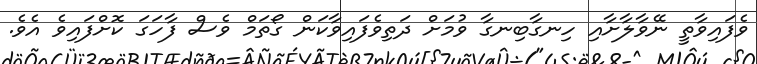
ވެފައިވާތީ ނޭވާލާށާއި ހިނގާބިނގާ ވުމަށް ދަތިވެފައިވާކަން ގޯތަމް ވެސް ފާހަގަ ކޮށްފައިވެ އެވެ.